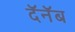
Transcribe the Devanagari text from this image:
दॅनॅब